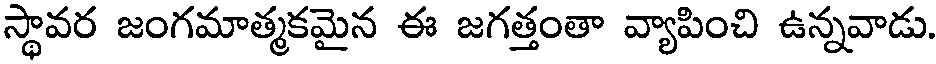
స్థావర జంగమాత్మకమైన ఈ జగత్తంతా వ్యాపించి ఉన్నవాడు.